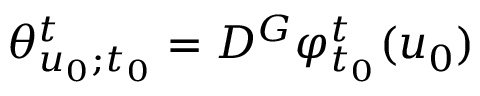
\theta _ { u _ { 0 } ; t _ { 0 } } ^ { t } = D ^ { G } \varphi _ { t _ { 0 } } ^ { t } ( u _ { 0 } )